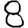
Digit: 8